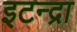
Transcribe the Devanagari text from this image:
इटन्द्रा